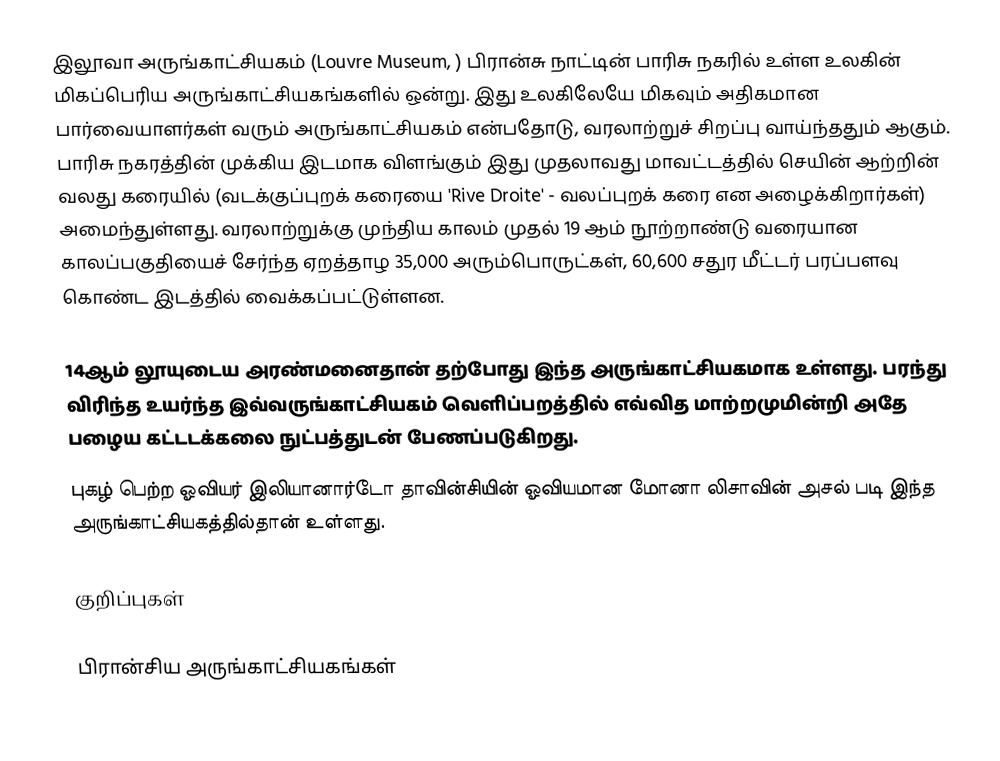
இலூவா அருங்காட்சியகம் (Louvre Museum, ) பிரான்சு நாட்டின் பாரிசு நகரில் உள்ள உலகின் மிகப்பெரிய அருங்காட்சியகங்களில் ஒன்று. இது உலகிலேயே மிகவும் அதிகமான பார்வையாளர்கள் வரும் அருங்காட்சியகம் என்பதோடு, வரலாற்றுச் சிறப்பு வாய்ந்ததும் ஆகும். பாரிசு நகரத்தின் முக்கிய இடமாக விளங்கும் இது முதலாவது மாவட்டத்தில் செயின் ஆற்றின் வலது கரையில் (வடக்குப்புறக் கரையை 'Rive Droite' - வலப்புறக் கரை என அழைக்கிறார்கள்) அமைந்துள்ளது. வரலாற்றுக்கு முந்திய காலம் முதல் 19 ஆம் நூற்றாண்டு வரையான காலப்பகுதியைச் சேர்ந்த ஏறத்தாழ 35,000 அரும்பொருட்கள், 60,600 சதுர மீட்டர் பரப்பளவு கொண்ட இடத்தில் வைக்கப்பட்டுள்ளன.

14ஆம் லூயுடைய அரண்மனைதான் தற்போது இந்த அருங்காட்சியகமாக உள்ளது. பரந்து விரிந்த உயர்ந்த இவ்வருங்காட்சியகம் வெளிப்பறத்தில் எவ்வித மாற்றமுமின்றி அதே பழைய கட்டடக்கலை நுட்பத்துடன் பேணப்படுகிறது.
புகழ் பெற்ற ஓவியர் இலியானார்டோ தாவின்சியின் ஓவியமான மோனா லிசாவின் அசல் படி இந்த அருங்காட்சியகத்தில்தான் உள்ளது.

குறிப்புகள்

பிரான்சிய அருங்காட்சியகங்கள்